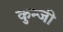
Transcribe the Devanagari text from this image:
कुन्जी